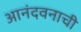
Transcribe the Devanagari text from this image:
आनंदवनाची